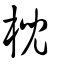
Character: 棿